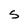
Character: S